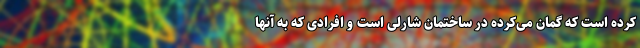
کرده است که گمان می‌کرده در ساختمان شارلی است و افرادی که به آنها